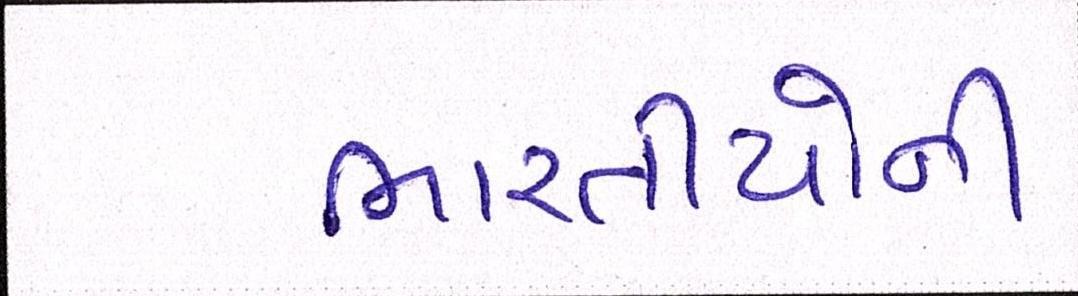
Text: ભારતીયોની